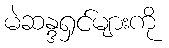
မဲဆန္ဒရှင်များကို